Elephants and their diseases
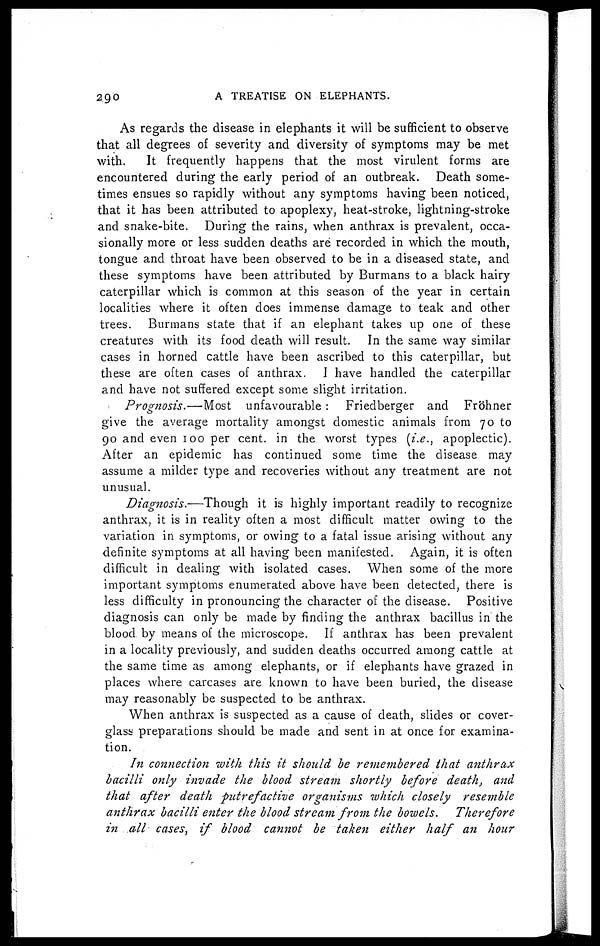
290
A TREATISE ON ELEPHANTS.
As regards the disease in elephants it will be sufficient to observe
that all degrees of severity and diversity of symptoms may be met
with.
It frequently happens that the most virulent forms are
encountered during the early period of an outbreak. Death some-
times ensues so rapidly without any symptoms having been noticed,
that it has been attributed to apoplexy, heat-stroke, lightning-stroke
and snake-bite. During the rains, when anthrax is prevalent, occa-
sionally more or less sudden deaths are recorded in which the mouth,
tongue and throat have been observed to be in a diseased state, and
these symptoms have been attributed by Burmans to a black hairy
caterpillar which is common at this season of the year in certain
localities where it often does immense damage to teak and other
trees. Burmans state that if an elephant takes up one of these
creatures with its food death will result. In the same way similar
cases in horned cattle have been ascribed to this caterpillar, but
these are often cases of anthrax. I have handled the caterpillar
and have not suffered except some slight irritation.
Prognosis.—Most
unfavourable : Friedberger and Fröhner
give the average mortality amongst domestic animals from 70 to
90 and even 100 per cent. in the worst types (i.e., apoplectic).
After an epidemic has continued some time the disease may
assume a milder type and recoveries without any treatment are not
unusual.
Diagnosis.—Though
it is highly important readily to recognize
anthrax, it is in reality often a most difficult matter owing to the
variation in symptoms, or owing to a fatal issue arising without any
definite symptoms at all having been manifested. Again, it is often
difficult in dealing with isolated cases. When some of the more
important symptoms enumerated above have been detected, there is
less difficulty in pronouncing the character of the disease. Positive
diagnosis can only be made by finding the anthrax bacillus in the
blood by means of the microscope. If anthrax has been prevalent
in a locality previously, and sudden deaths occurred among cattle at
the same time as among elephants, or if elephants have grazed in
places where carcases are known to have been buried, the disease
may reasonably be suspected to be anthrax.
When anthrax is suspected as a cause of death, slides or cover-
glass preparations should be made and sent in at once for examina-
tion.
In connection with this it should be remembered that anthrax
bacilli only invade the blood stream shortly before death, and
that after death putrefactive organisms which closely resemble
anthrax bacilli enter the blood stream from the bowels.
Therefore
in all cases, if blood cannot be taken either half an hour